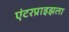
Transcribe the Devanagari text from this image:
एंटरप्राइझला